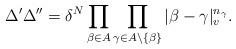
LaTeX: \begin{align*} \Delta'\Delta'' = \delta^N \prod_{\beta\in A} \prod_{\gamma\in A\setminus\{\beta\}} |\beta-\gamma|_v^{n_\gamma}.\end{align*}